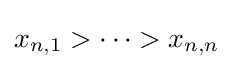
x_{n,1}>\dots >x_{n,n}